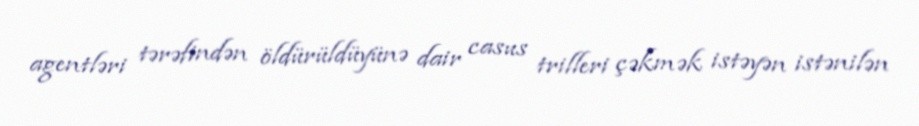
agentləri tərəfindən öldürüldüyünə dair casus trilleri çəkmək istəyən istənilən